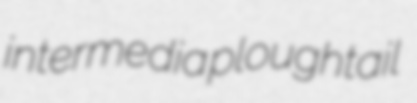
intermedia ploughtail